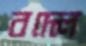
বদ্‌লে